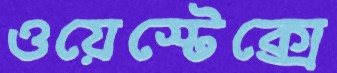
ওয়েস্টেক্সে